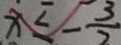
x \leq - \frac { 3 } { 2 }